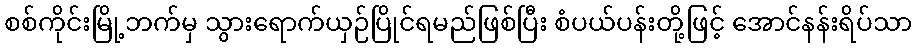
စစ်ကိုင်းမြို့ဘက်မှ သွားရောက်ယှဉ်ပြိုင်ရမည်ဖြစ်ပြီး စံပယ်ပန်းတို့ဖြင့် အောင်နန်းရိပ်သာ